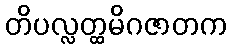
တိပလ္လတ္ထမိဂဇာတက